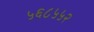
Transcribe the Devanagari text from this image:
५६८५५२